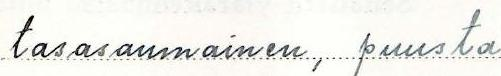
tasasaumainen, puusta